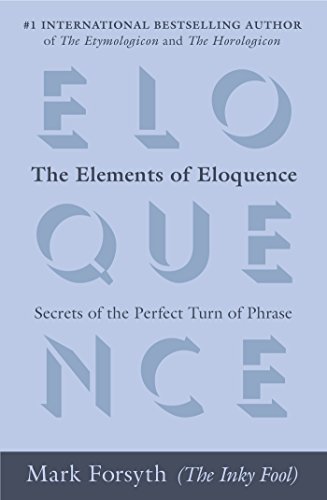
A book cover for The Elements of Eloquence: Secrets of the Perfect Turn of Phrase; Mark Forsyth; Reference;